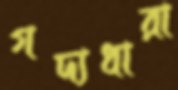
গদ্যধারা